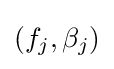
(f_{j},\beta _{j})